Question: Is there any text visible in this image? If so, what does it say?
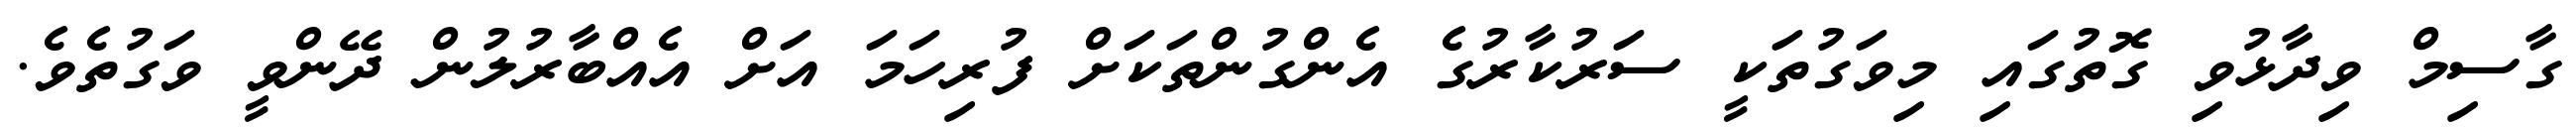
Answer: ގާސިމް ވިދާޅުވި ގޮތުގައި މިވަގުތަކީ ސަރުކާރުގެ އެންގުންތަކަށް ފުރިހަމަ އަށް އެއްބާރުލުން ދޭންވީ ވަގުތެވެ.